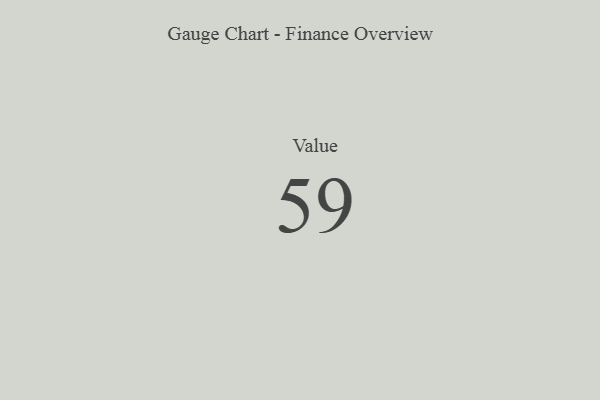
{"axis": {"x": "Metric", "y": "Value"}, "legend": [""], "data": [{"x": "Value", "y": 59, "type": ""}]}